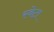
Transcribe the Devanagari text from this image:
स्वेटा